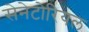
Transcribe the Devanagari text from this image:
सेनेटोरियल